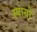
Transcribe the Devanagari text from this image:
स्पागो